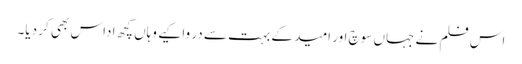
اس فلم نے جہاں سوچ اور امید کے بہت سے در وا کیے وہاں کچھ اداس بھی کر دیا۔